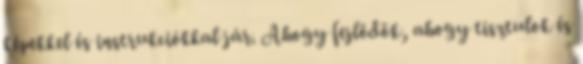
képekkel és instrukciókkal jár. Ahogy fejlődök, ahogy tisztulok és